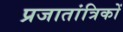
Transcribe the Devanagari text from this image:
प्रजातांत्रिकों